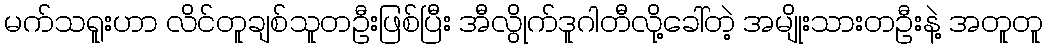
မက်သရူးဟာ လိင်တူချစ်သူတဦးဖြစ်ပြီး အီလွိုက်ဒူဂါတီလို့ခေါ်တဲ့ အမျိုးသားတဦးနဲ့ အတူတူ